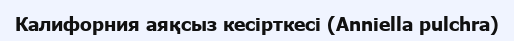
Калифорния аяқсыз кесірткесі (Anniella pulchra)